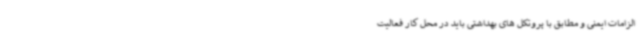
الزامات ایمنی و مطابق با پروتکل های بهداشتی باید در محل کار فعالیت